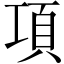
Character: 項